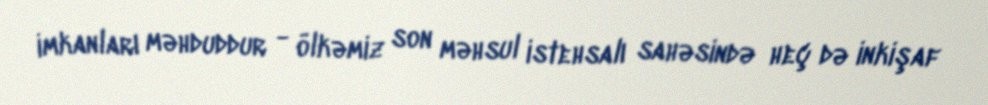
imkanları məhduddur - ölkəmiz son məhsul istehsalı sahəsində heç də inkişaf